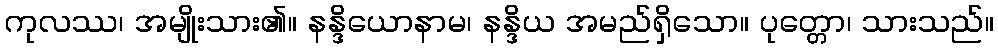
ကုလဿ၊ အမျိုးသား၏။ နန္ဒိယောနာမ၊ နန္ဒိယ အမည်ရှိသော။ ပုတ္တော၊ သားသည်။